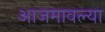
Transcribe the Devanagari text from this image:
आजमावल्या